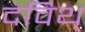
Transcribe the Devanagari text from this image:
दविथ्